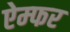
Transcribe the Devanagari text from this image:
ऐम्फर